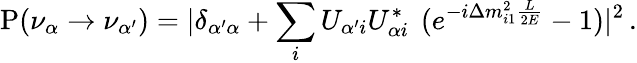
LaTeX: {\mathrm P}(\nu_{\alpha}\to\nu_{\alpha^{\prime}})=|\delta_{{\alpha^{\prime}}\alpha}+\sum_{i}U_{\alpha^{\prime}i}U_{\alpha i}^{*}\, ~(e^{-i\Delta m_{i1}^{2}\frac{L}{2E}}-1)|^{2}\, .